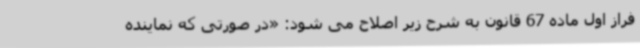
فراز اول ماده 67 قانون به شرح زیر اصلاح می شود: «در صورتی که نماینده